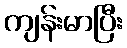
ကျန်းမာပြီး